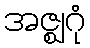
အဇ္ဈဂုံ